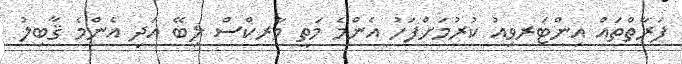
ފަރާތްތައް އިންޓަރވިއު ކުރުމަށްފަހު އެންމެ މަތީ މާރކްސް ލިބޭ އަދި އެންމެ ޤާބިލު